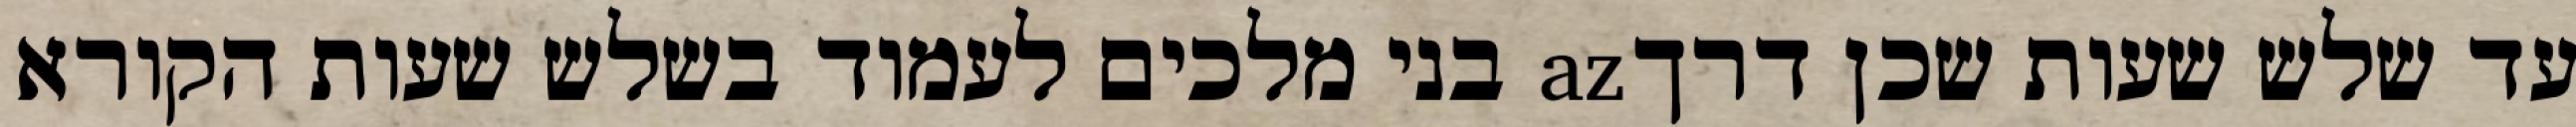
עד שלש שעות שכן דרךaz בני מלכים לעמוד בשלש שעות הקורא